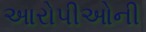
આરોપીઓની